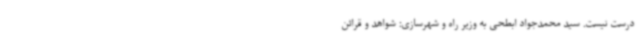
درست نیست. سید محمدجواد ابطحی به وزیر راه و شهرسازی: شواهد و قرائن